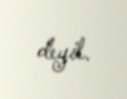
deyil.